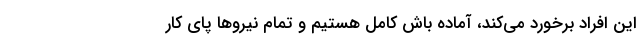
این افراد برخورد می‌کند، آماده باش کامل هستیم و تمام نیرو‌ها پای کار